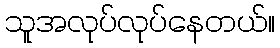
သူအလုပ်လုပ်နေတယ်။